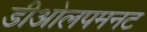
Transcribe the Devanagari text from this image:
डीओलपमनट